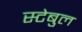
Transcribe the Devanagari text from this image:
स्टेबुल